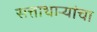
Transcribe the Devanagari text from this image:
सत्ताधाऱ्यांचा